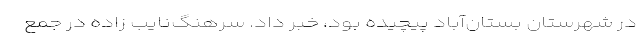
در شهرستان بستان‌آباد پیچیده بود، خبر داد. سرهنگ‌نایب زاده در جمع